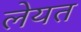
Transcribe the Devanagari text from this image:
लेयत